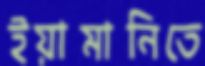
ইয়ামানিতে